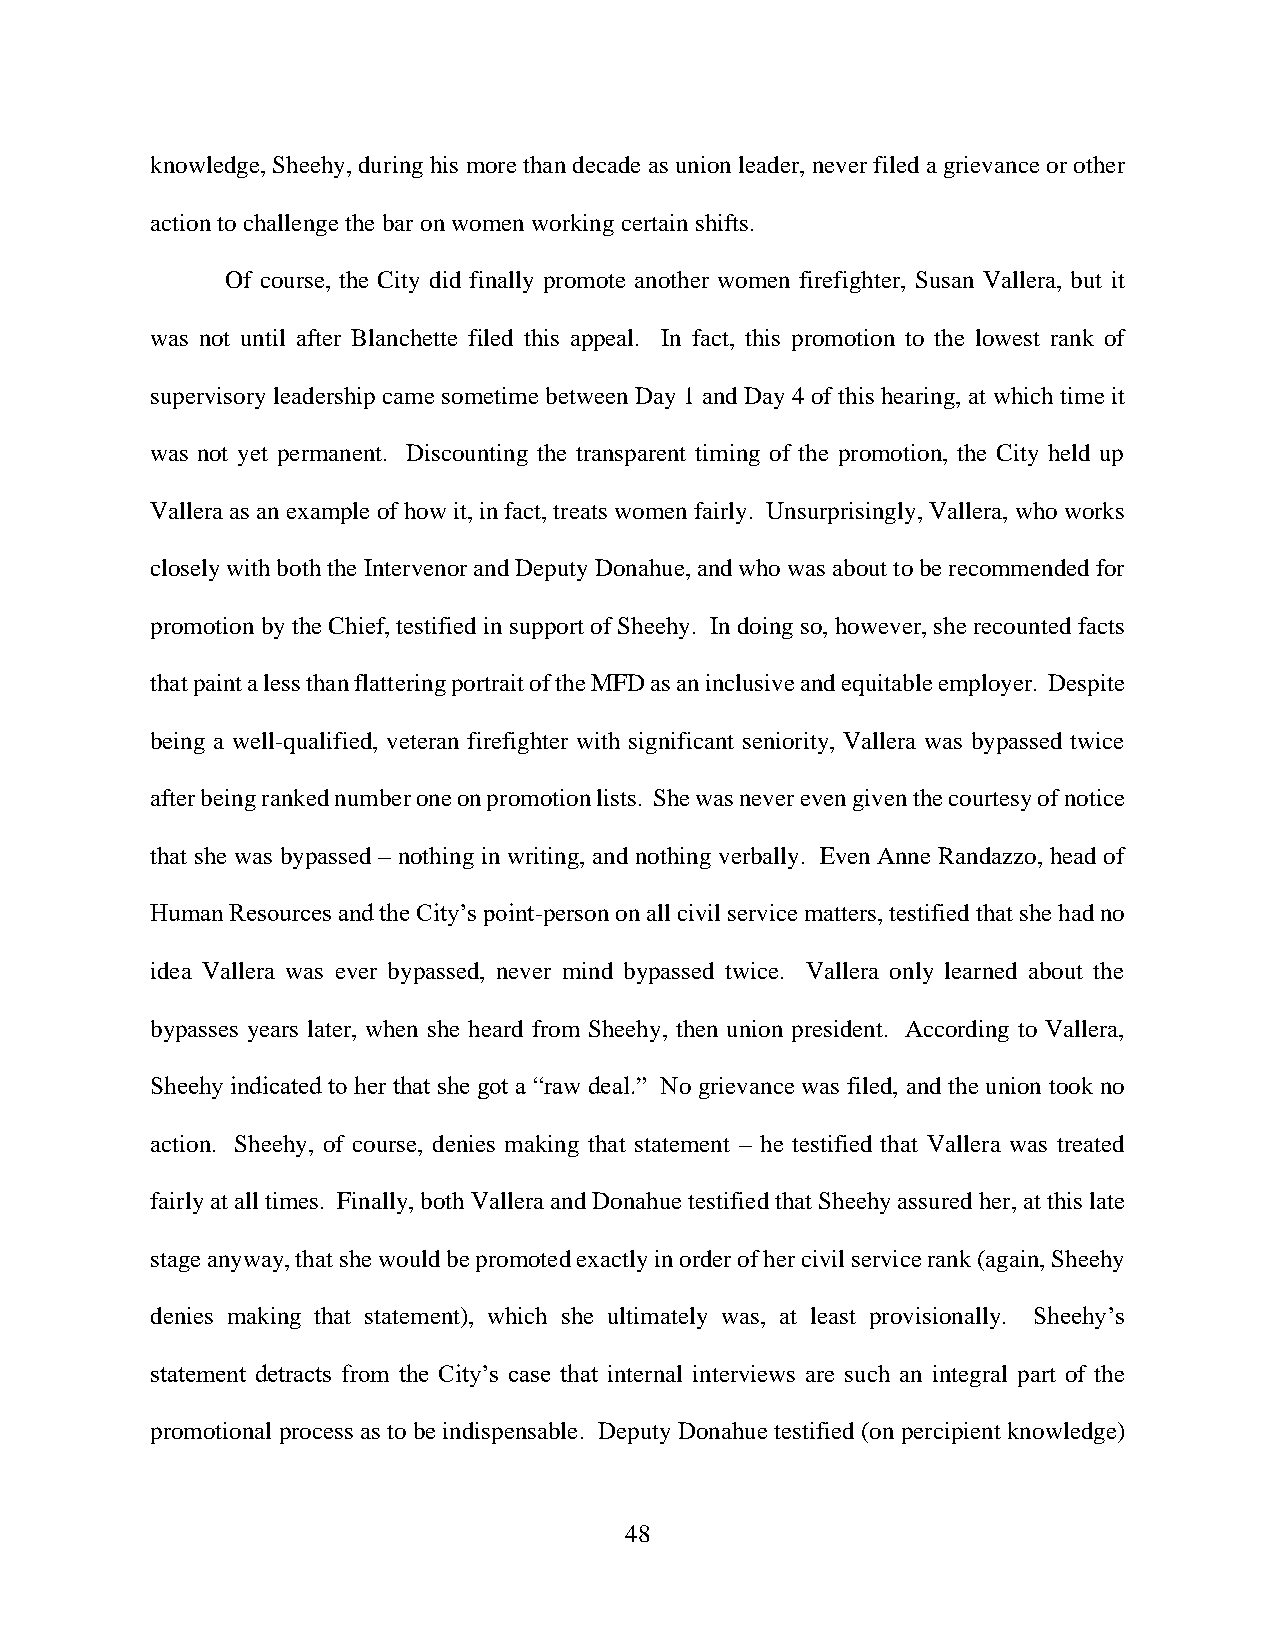
knowledge, Sheehy, during his more than decade as union leader, never filed a grievance or other
 action to challenge the bar on women working certain shifts.
 Of course, the City did finally promote another women firefighter, Susan Vallera, but it
 was not until after Blanchette filed this appeal. In fact, this promotion to the lowest rank of
 supervisory leadership came sometime between Day 1 and Day 4 of this hearing, at which time it
 was not yet permanent. Discounting the transparent timing of the promotion, the City held up
 Vallera as an example of how it, in fact, treats women fairly. Unsurprisingly, Vallera, who works
 closely with both the Intervenor and Deputy Donahue, and who was about to be recommended for
 promotion by the Chief, testified in support of Sheehy. In doing so, however, she recounted facts
 that paint a less than flattering portrait of the MFD as an inclusive and equitable employer. Despite
 being a well-qualified, veteran firefighter with significant seniority, Vallera was bypassed twice
 after being ranked number one on promotion lists. She was never even given the courtesy of notice
 that she was bypassed – nothing in writing, and nothing verbally. Even Anne Randazzo, head of
 Human Resources and the City’s point-person on all civil service matters, testified that she had no
 idea Vallera was ever bypassed, never mind bypassed twice. Vallera only learned about the
 bypasses years later, when she heard from Sheehy, then union president. According to Vallera,
 Sheehy indicated to her that she got a “raw deal.” No grievance was filed, and the union took no
 action. Sheehy, of course, denies making that statement – he testified that Vallera was treated
 fairly at all times. Finally, both Vallera and Donahue testified that Sheehy assured her, at this late
 stage anyway, that she would be promoted exactly in order of her civil service rank (again, Sheehy
 denies making that statement), which she ultimately was, at least provisionally. Sheehy’s
 statement detracts from the City’s case that internal interviews are such an integral part of the
 promotional process as to be indispensable. Deputy Donahue testified (on percipient knowledge)
 48